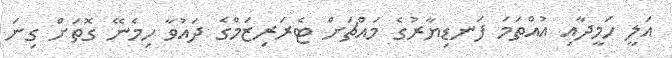
އަލީ ހަމީދާއި އުއްތަމަ ފަނޑިޔާރުގެ މައްޗަށް ޓެރަރިޒަމްގެ ދައުވާ ހިމެނޭ ގޮތަށް ގިނަ